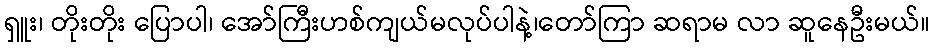
ရှူး၊ တိုးတိုး ပြောပါ၊ အော်ကြီးဟစ်ကျယ်မလုပ်ပါနဲ့၊တော်ကြာ ဆရာမ လာ ဆူနေဦးမယ်။